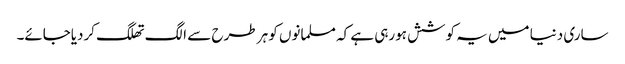
ساری دنیا میں یہ کوشش ہورہی ہے کہ مسلمانوں کو ہر طرح سے الگ تھلگ کردیاجائے۔